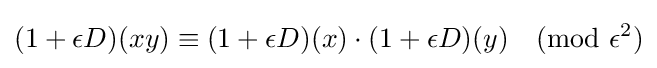
(1+\epsilon D)(xy)\equiv (1+\epsilon D)(x)\cdot (1+\epsilon D)(y){\pmod {\epsilon ^{2}}}